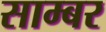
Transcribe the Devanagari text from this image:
साम्बर